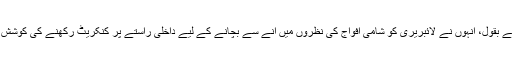
ان کے بقول، انہوں نے لائبریری کو شامی افواج کی نظروں میں آنے سے بچانے کے لیے داخلی راستے پر کنکریٹ رکھنے کی کوشش کی۔